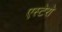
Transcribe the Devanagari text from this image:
एस्टेरो